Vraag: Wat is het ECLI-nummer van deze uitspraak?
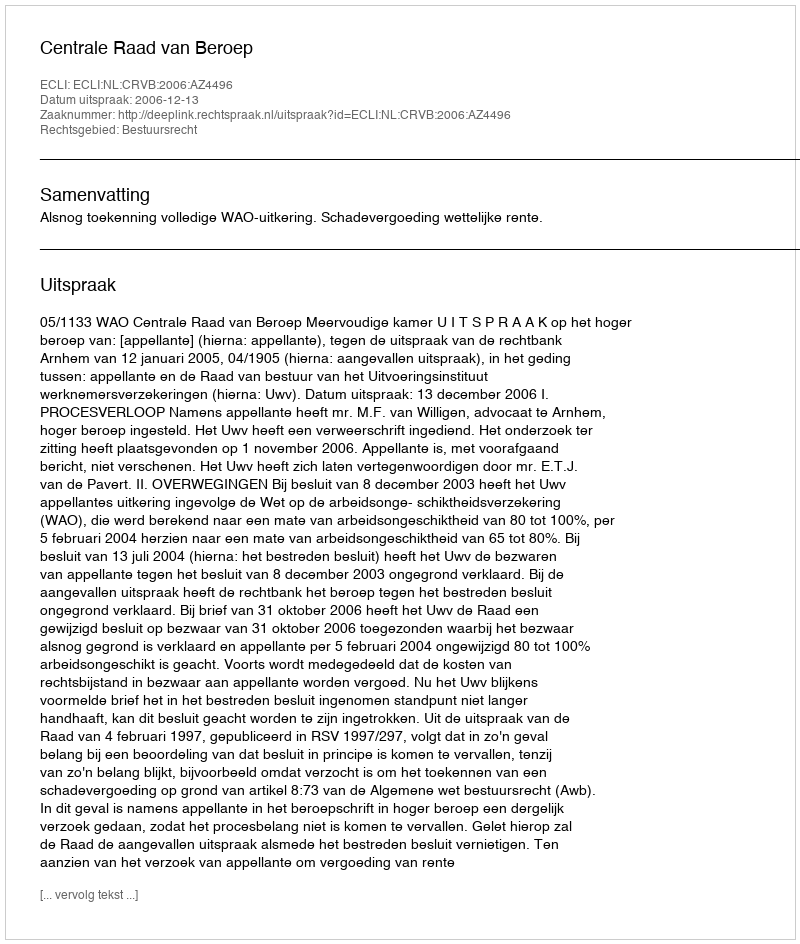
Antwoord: ECLI:NL:CRVB:2006:AZ4496